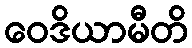
ဝေဒိယာမီတိ